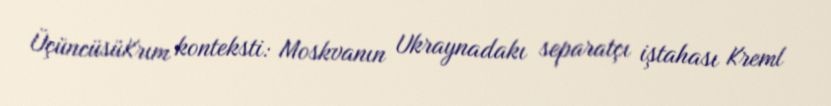
ÜçüncüsüKrım konteksti: Moskvanın Ukraynadakı separatçı iştahası Kreml